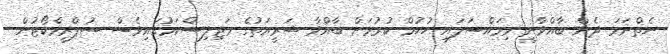
ނެތްނަމަ ދެން ބާއްވާނީ މިމައްސަލައި ހުކުމް ކުރުމަށް ބާއްވާ ޝަރީއަތުގެ މަޖިލިސްކަމުގައިވެސް ސުޕްރީމްކޯޓުން